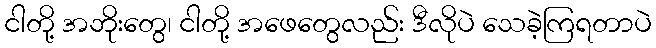
ငါတို့ အဘိုးတွေ၊ ငါတို့ အဖေတွေလည်း ဒီလိုပဲ သေခဲ့ကြရတာပဲ